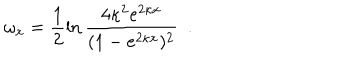
\omega _ { x } = \frac { 1 } { 2 } \ln \frac { 4 \kappa ^ { 2 } e ^ { 2 \kappa x } } { ( 1 - e ^ { 2 \kappa x } ) ^ { 2 } } ~ ~ .